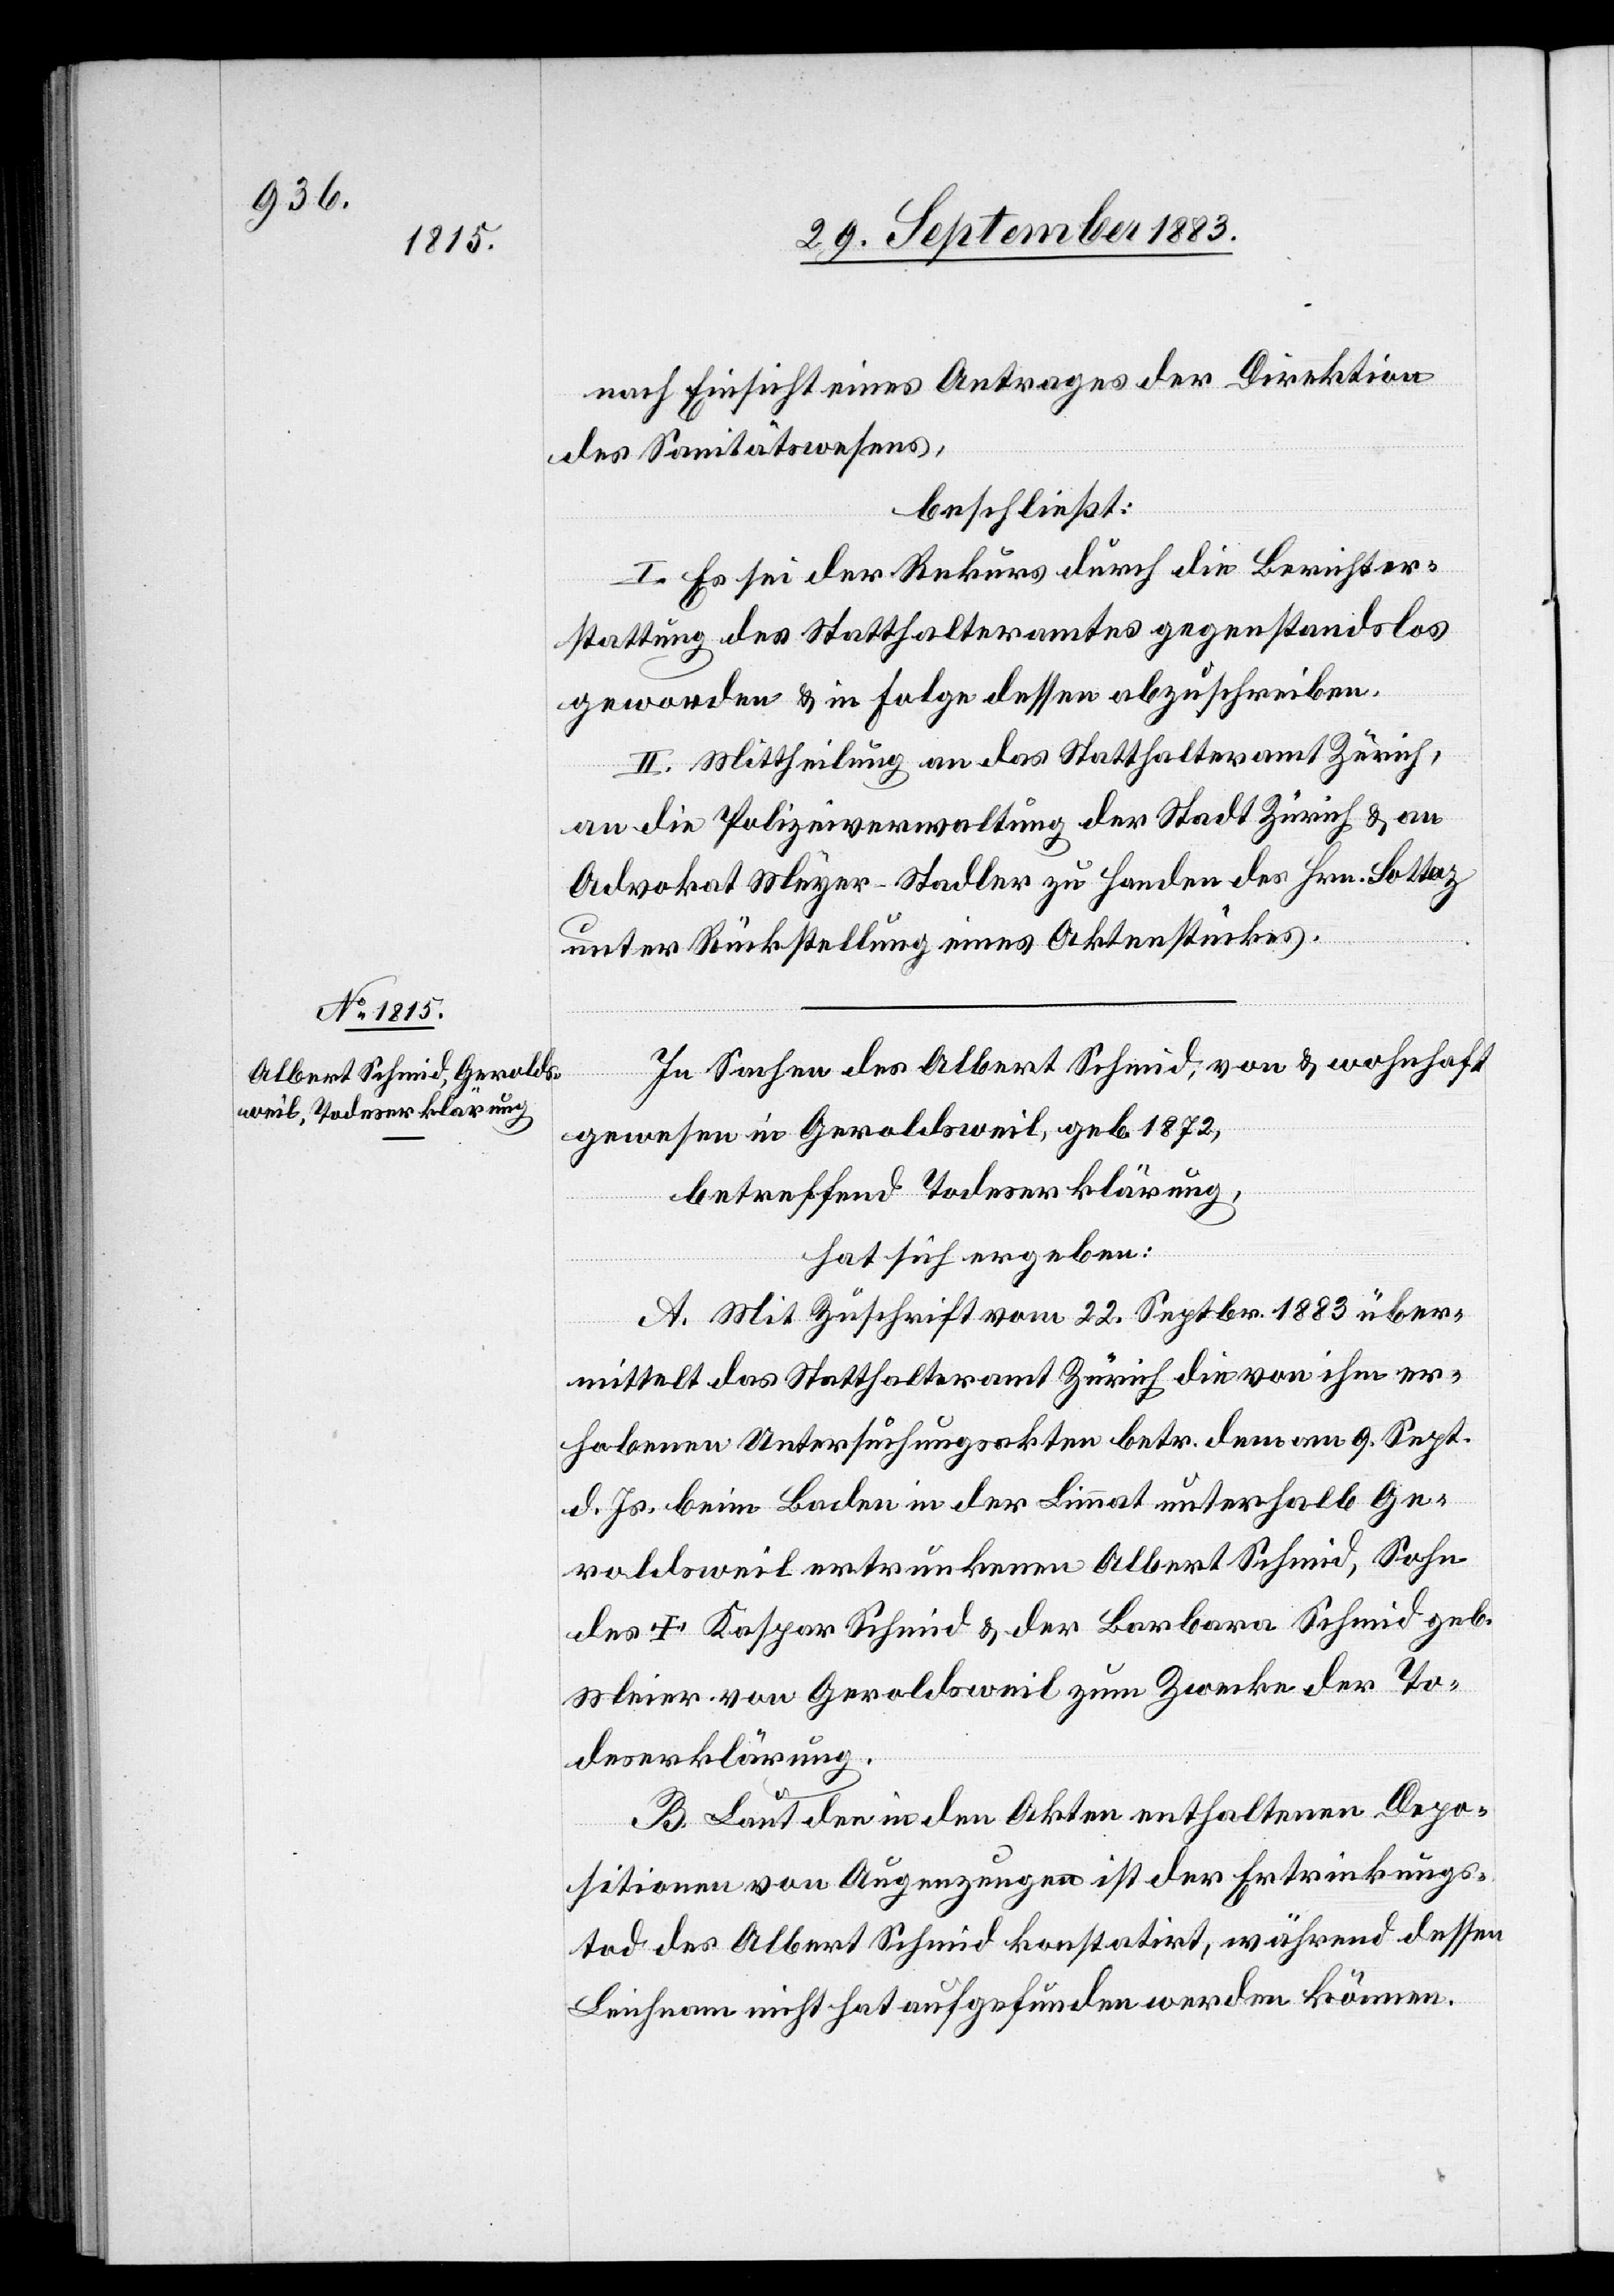
nach Einsicht eines Antrages der Direktion
des Sanitätswesens,
beschließt:
I. Es sei der Rekurs durch die Berichter¬
stattung des Statthalteramtes gegenstandlos
geworden & in Folge dessen abzuschreiben.
II. Mittheilung an das Statthalteramt Zürich,
an die Polizeiverwaltung der Stadt Zürich & an
Advokat Meyer-Stadler zu Handen des Hrn. Lottaz
unter Rückstellung eines Aktenstückes.
In Sachen des Albert Schmid, von & wohnhaft
gewesen in Geroldsweil, geb. 1872,
betreffend Todeserklärung,
hat sich ergeben:
A. Mit Zuschrift vom 22. Septbr. 1883 über¬
mittelt das Statthalteramt Zürich die von ihm er¬
hobenen Untersuchungsakten betr. den am 9. Sept.
d. Js. beim Baden in der Limmat unterhalb Ge¬
roldsweil ertrunkenen Albert Schmid, Sohn
des † Kaspar Schmid & der Barbara Schmid geb.
Meier von Geroldsweil zum Zwecke der To¬
deserklärung.
B. Laut den in den Akten enthaltenen Depo¬
sitionen von Augenzeugen ist der Ertrinkungs¬
tod der Albert Schmid konstatirt, während dessen
Leichnam nicht hat aufgefunden werden können.